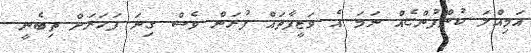
އަމިއްލަ ކުންފުންޏެއް ނަމަ އެ ވަޒީފާތައް ފުރަން ވެސް ގިނަ ފަހަރަށް ތިބެނީ